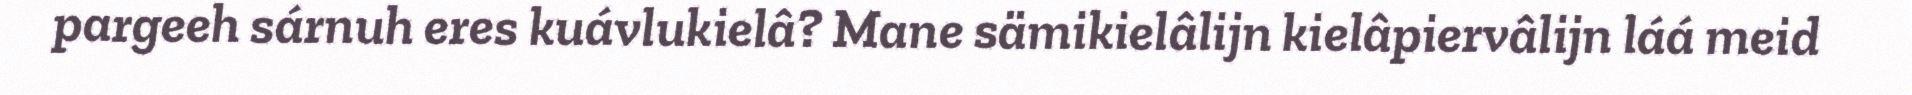
pargeeh sárnuh eres kuávlukielâ? Mane sämikielâlijn kielâpiervâlijn láá meid